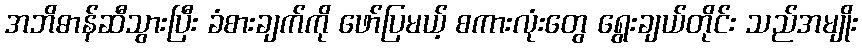
အဘိဓာန်ဆီသွားပြီး ခံစားချက်ကို ဖော်ပြမယ့် စကားလုံးတွေ ရွေးချယ်တိုင်း သည်အမျိုး